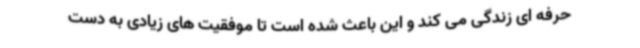
حرفه ای زندگی می کند و این باعث شده است تا موفقیت های زیادی به دست